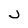
Character: j